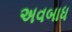
અવબાધ